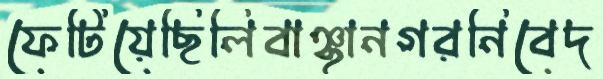
ফেটিয়েছিলিবাঞ্ছানগরনিবেদ